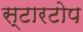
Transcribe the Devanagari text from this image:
स्टारटोप